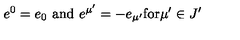
e ^ { 0 } = e _ { 0 } \mathrm { \ a n d \ } e ^ { \mu ^ { \prime } } = - e _ { \mu ^ { \prime } } \mathrm { f o r } \mu ^ { \prime } \in J ^ { \prime }